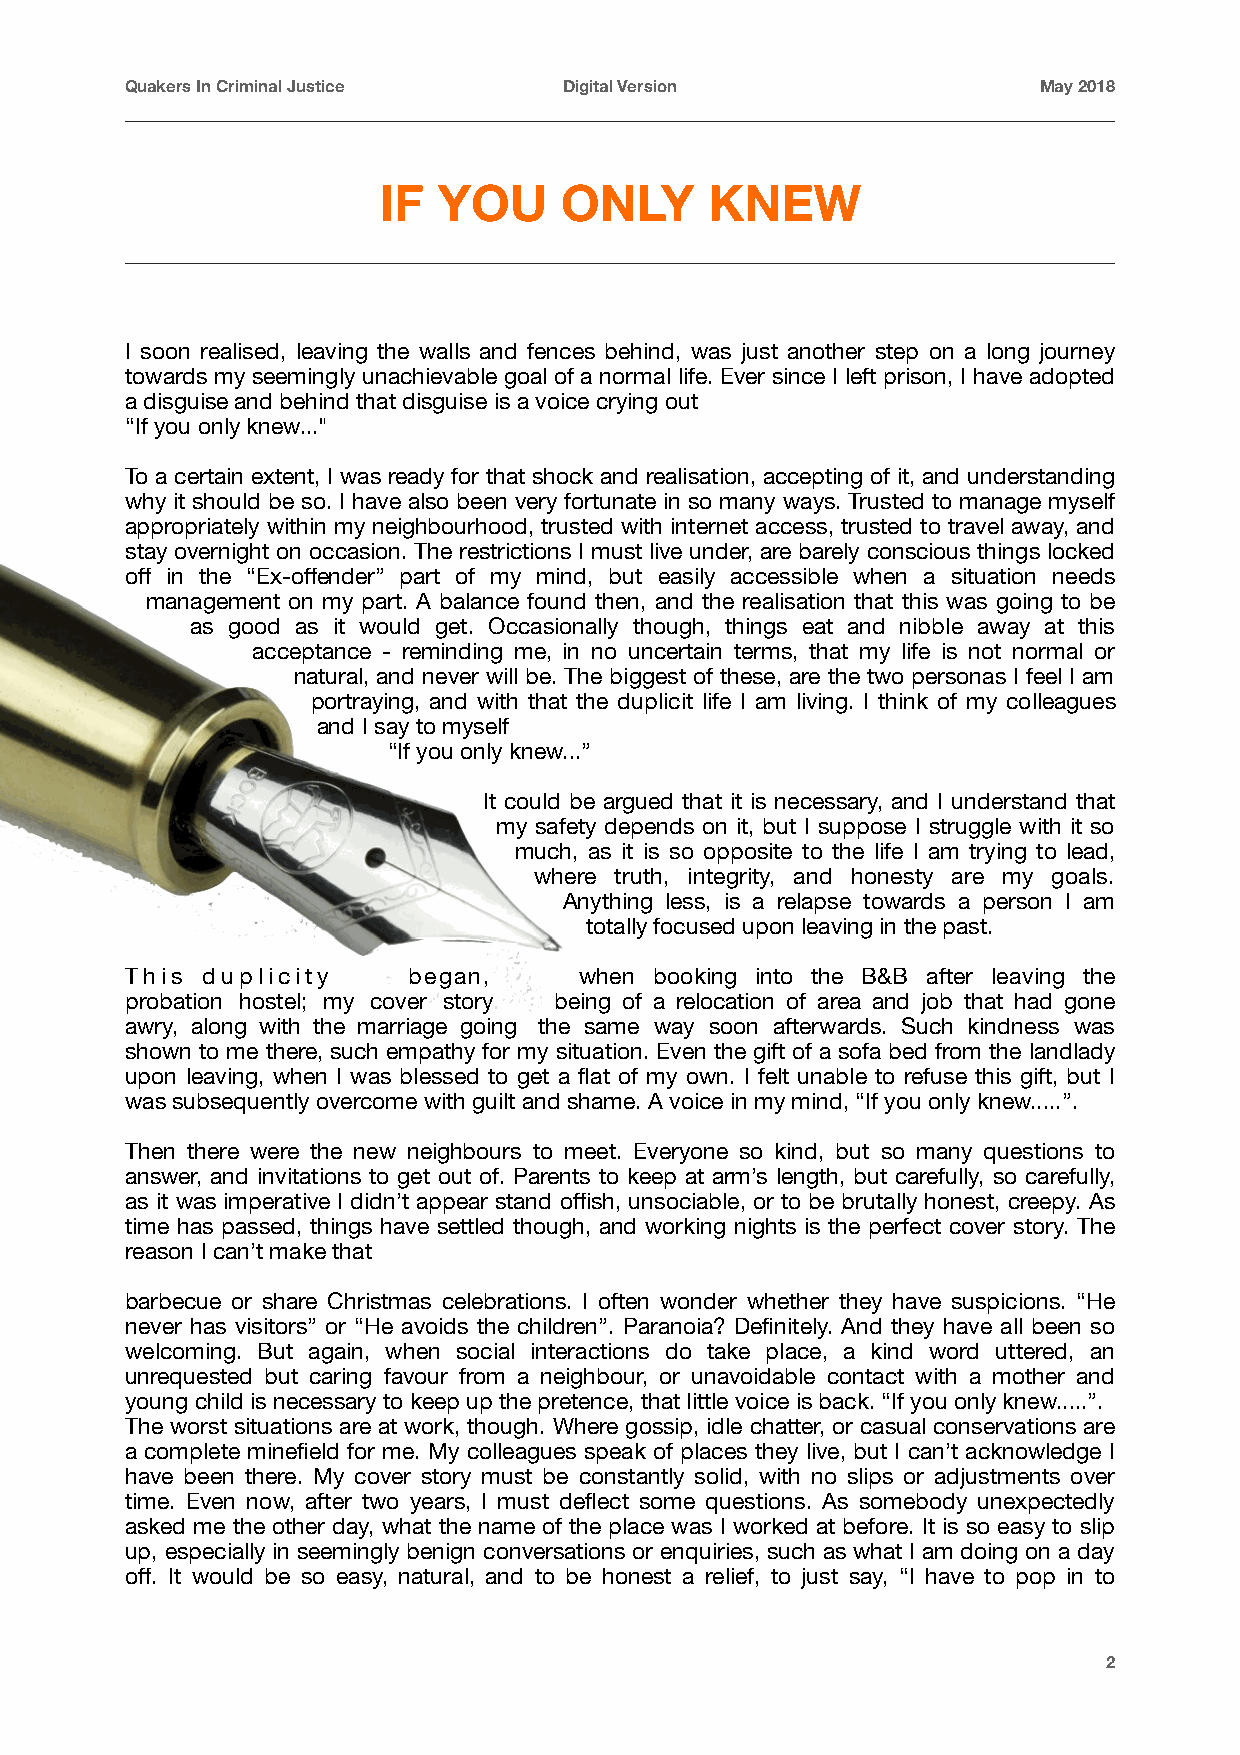
Quakers In Criminal Justice  Digital Version                 May 2018
 IF  YOU     ONLY      KNEW
 I soon realised, leaving the walls and fences behind, was just another step on a long journey
 towards my seemingly unachievable goal of a normal life. Ever since I left prison, I have adopted
 a disguise and behind that disguise is a voice crying out
 “If you only knew..."
 To a certain extent, I was ready for that shock and realisation, accepting of it, and understanding
 why it should be so. I have also been very fortunate in so many ways. Trusted to manage myself
 appropriately within my neighbourhood, trusted with internet access, trusted to travel away, and
 stay overnight on occasion. The restrictions I must live under, are barely conscious things locked
 off in the “Ex-offender” part of my mind, but easily accessible when a situation needs
 management on my part. A balance found then, and the realisation that this was going to be
 as good as it would get. Occasionally though, things eat and nibble away at this
 acceptance - reminding me, in no uncertain terms, that my life is not normal or
 natural, and never will be. The biggest of these, are the two personas I feel I am
 portraying, and with that the duplicit life I am living. I think of my colleagues
 and I say to myself
 “If you only knew...”
 It could be argued that it is necessary, and I understand that
 my safety depends on it, but I suppose I struggle with it so
 much, as it is so opposite to the life I am trying to lead,
 where truth, integrity, and honesty are my goals.
 Anything less, is a relapse towards a person I am
 totally focused upon leaving in the past.
 This duplicity     began,     when booking into the B&B after leaving the
 probation hostel; my cover story being of a relocation of area and job that had gone
 awry, along with the marriage going the same way soon afterwards. Such kindness was
 shown to me there, such empathy for my situation. Even the gift of a sofa bed from the landlady
 upon leaving, when I was blessed to get a flat of my own. I felt unable to refuse this gift, but I
 was subsequently overcome with guilt and shame. A voice in my mind, “If you only knew.....”.
 Then there were the new neighbours to meet. Everyone so kind, but so many questions to
 answer, and invitations to get out of. Parents to keep at arm’s length, but carefully, so carefully,
 as it was imperative I didn’t appear stand offish, unsociable, or to be brutally honest, creepy. As
 time has passed, things have settled though, and working nights is the perfect cover story. The
 reason I can’t make that
 barbecue or share Christmas celebrations. I often wonder whether they have suspicions. “He
 never has visitors” or “He avoids the children”. Paranoia? Definitely. And they have all been so
 welcoming. But again, when social interactions do take place, a kind word uttered, an
 unrequested but caring favour from a neighbour, or unavoidable contact with a mother and
 young child is necessary to keep up the pretence, that little voice is back. “If you only knew.....”.
 The worst situations are at work, though. Where gossip, idle chatter, or casual conservations are
 a complete minefield for me. My colleagues speak of places they live, but I can’t acknowledge I
 have been there. My cover story must be constantly solid, with no slips or adjustments over
 time. Even now, after two years, I must deflect some questions. As somebody unexpectedly
 asked me the other day, what the name of the place was I worked at before. It is so easy to slip
 up, especially in seemingly benign conversations or enquiries, such as what I am doing on a day
 off. It would be so easy, natural, and to be honest a relief, to just say, “I have to pop in to
 2